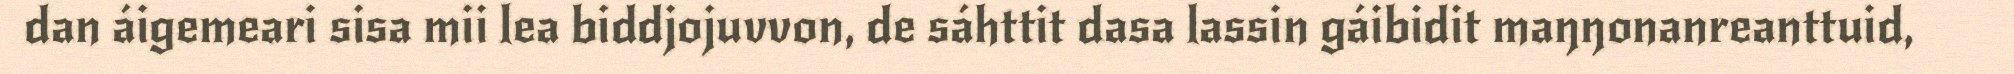
dan áigemeari sisa mii lea biddjojuvvon, de sáhttit dasa lassin gáibidit maŋŋonanreanttuid,